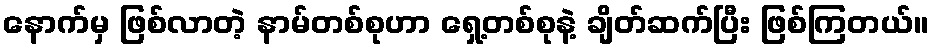
နောက်မှ ဖြစ်လာတဲ့ နာမ်တစ်စုဟာ ရှေ့တစ်စုနဲ့ ချိတ်ဆက်ပြီး ဖြစ်ကြတယ်။